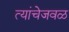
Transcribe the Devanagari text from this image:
त्यांचेजवळ